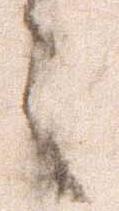
々